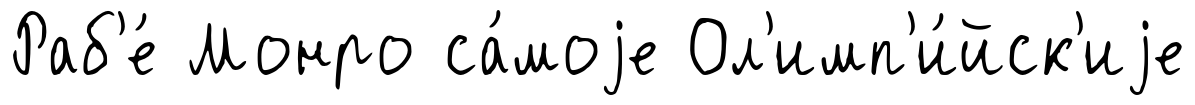
Раб'е́ Монро са́моjе Ол'имп'и́йск'иjе